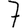
Digit: 7